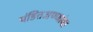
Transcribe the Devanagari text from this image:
पंडितअण्णांचा